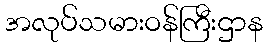
အလုပ်သမားဝန်ကြီးဌာန